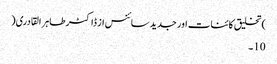
)تخلیق کائنات اور جدید سائنس از ڈاکٹر طاہر القادری(
10۔